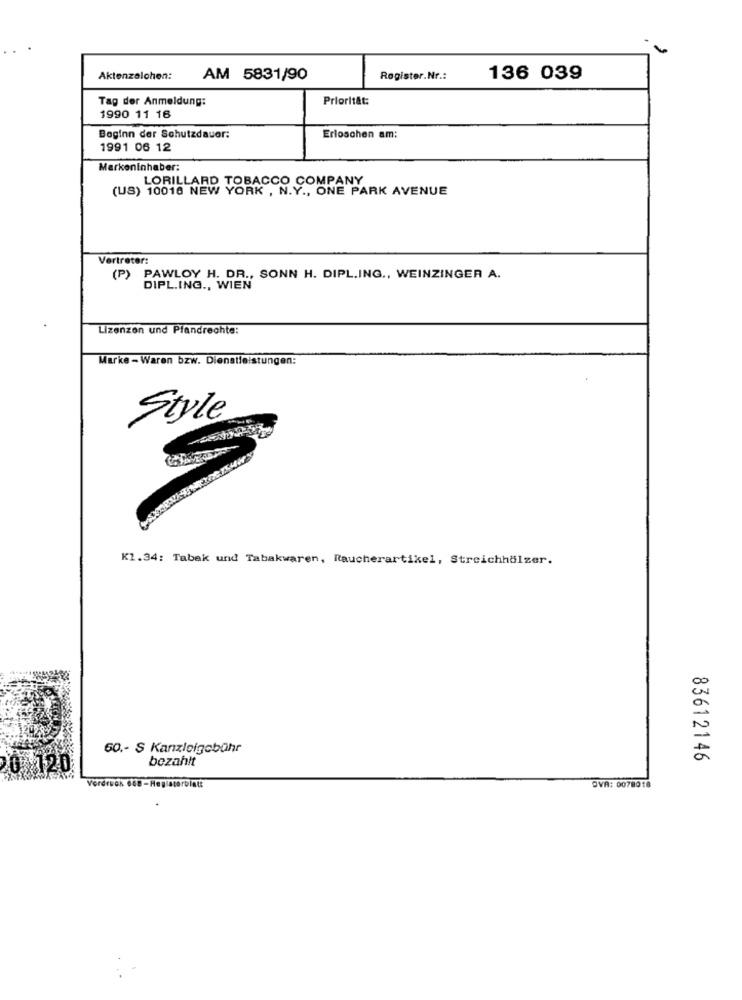
Aktenzeichen:
AM 5831/90
Register.Nr .:
136 039
Tag der Anmeldung:
Priorität:
1990 11 16
Beginn der Schutzdauer:
Erloschen am:
1991 06 12
Merkeninhaber:
LORILLARD TOBACCO COMPANY
(US) 10016 NEW YORK , N.Y ., ONE PARK AVENUE
Vertreter:
(P) PAWLOY H. DR ., SONN H. DIPL.ING ., WEINZINGER A.
DIPL.ING ., WIEN
Lizenzen und Pfandrechte:
Marke - Waren bzw. Dienstleistungen:
Style
K1.34: Tabak und Tabakwaren, Raucherartikel, Streichhölzer.
60 .- S Kanzleigebühr
bezahlt
83612146
20
Vordruck 668-Registerblatt
OVA: 0078918